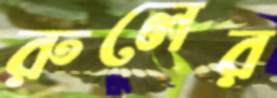
রুলের